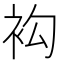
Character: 𧘤